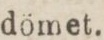
dömet.